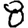
Digit: 8